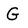
Character: G